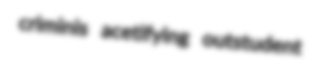
criminis acetifying outstudent